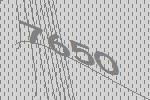
7650